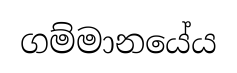
ගම්මානයේය